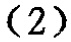
-2